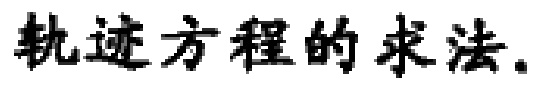
轨迹方程的求法.